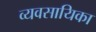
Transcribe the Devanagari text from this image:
व्यवसायिका